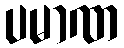
ပမာဏ